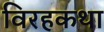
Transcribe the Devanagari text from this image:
विरहकथा